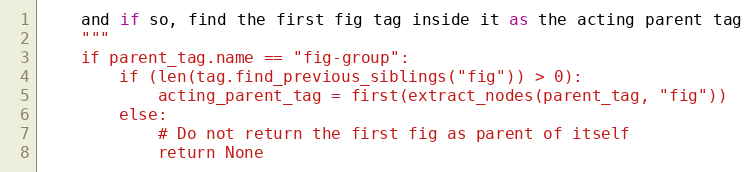
Language: Python
    and if so, find the first fig tag inside it as the acting parent tag
    """
    if parent_tag.name == "fig-group":
        if (len(tag.find_previous_siblings("fig")) > 0):
            acting_parent_tag = first(extract_nodes(parent_tag, "fig"))
        else:
            # Do not return the first fig as parent of itself
            return None